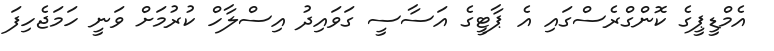
އެމްޑީޕީގެ ކޮންގްރެސްގައި އެ ޕާޓީގެ އަސާސީ ގަވައިދު އިސްލާހް ކުރުމަށް ވަނީ ހަމަޖެހިފަ